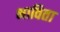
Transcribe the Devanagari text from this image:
भाविता